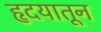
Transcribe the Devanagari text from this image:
हृदयातून